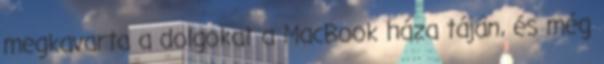
megkavarta a dolgokat a MacBook háza táján, és még